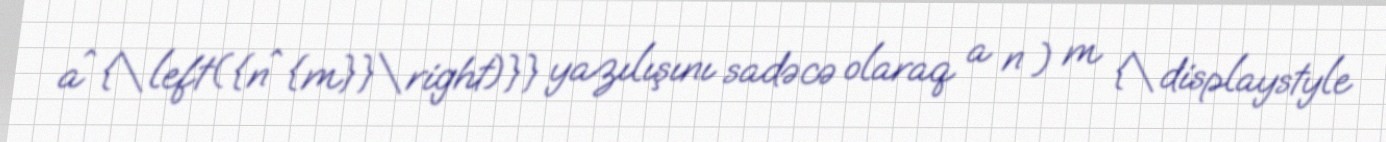
a^{\left({n^{m}}\right)}} yazılışını sadəcə olaraq a n ) m {\displaystyle